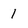
Character: 1